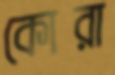
কোরা